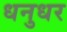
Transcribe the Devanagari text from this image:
धनुधर